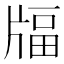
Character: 𤗚